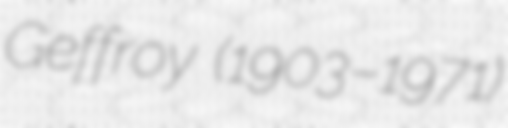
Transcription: Geffroy (1903–1971)